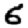
Digit: 6